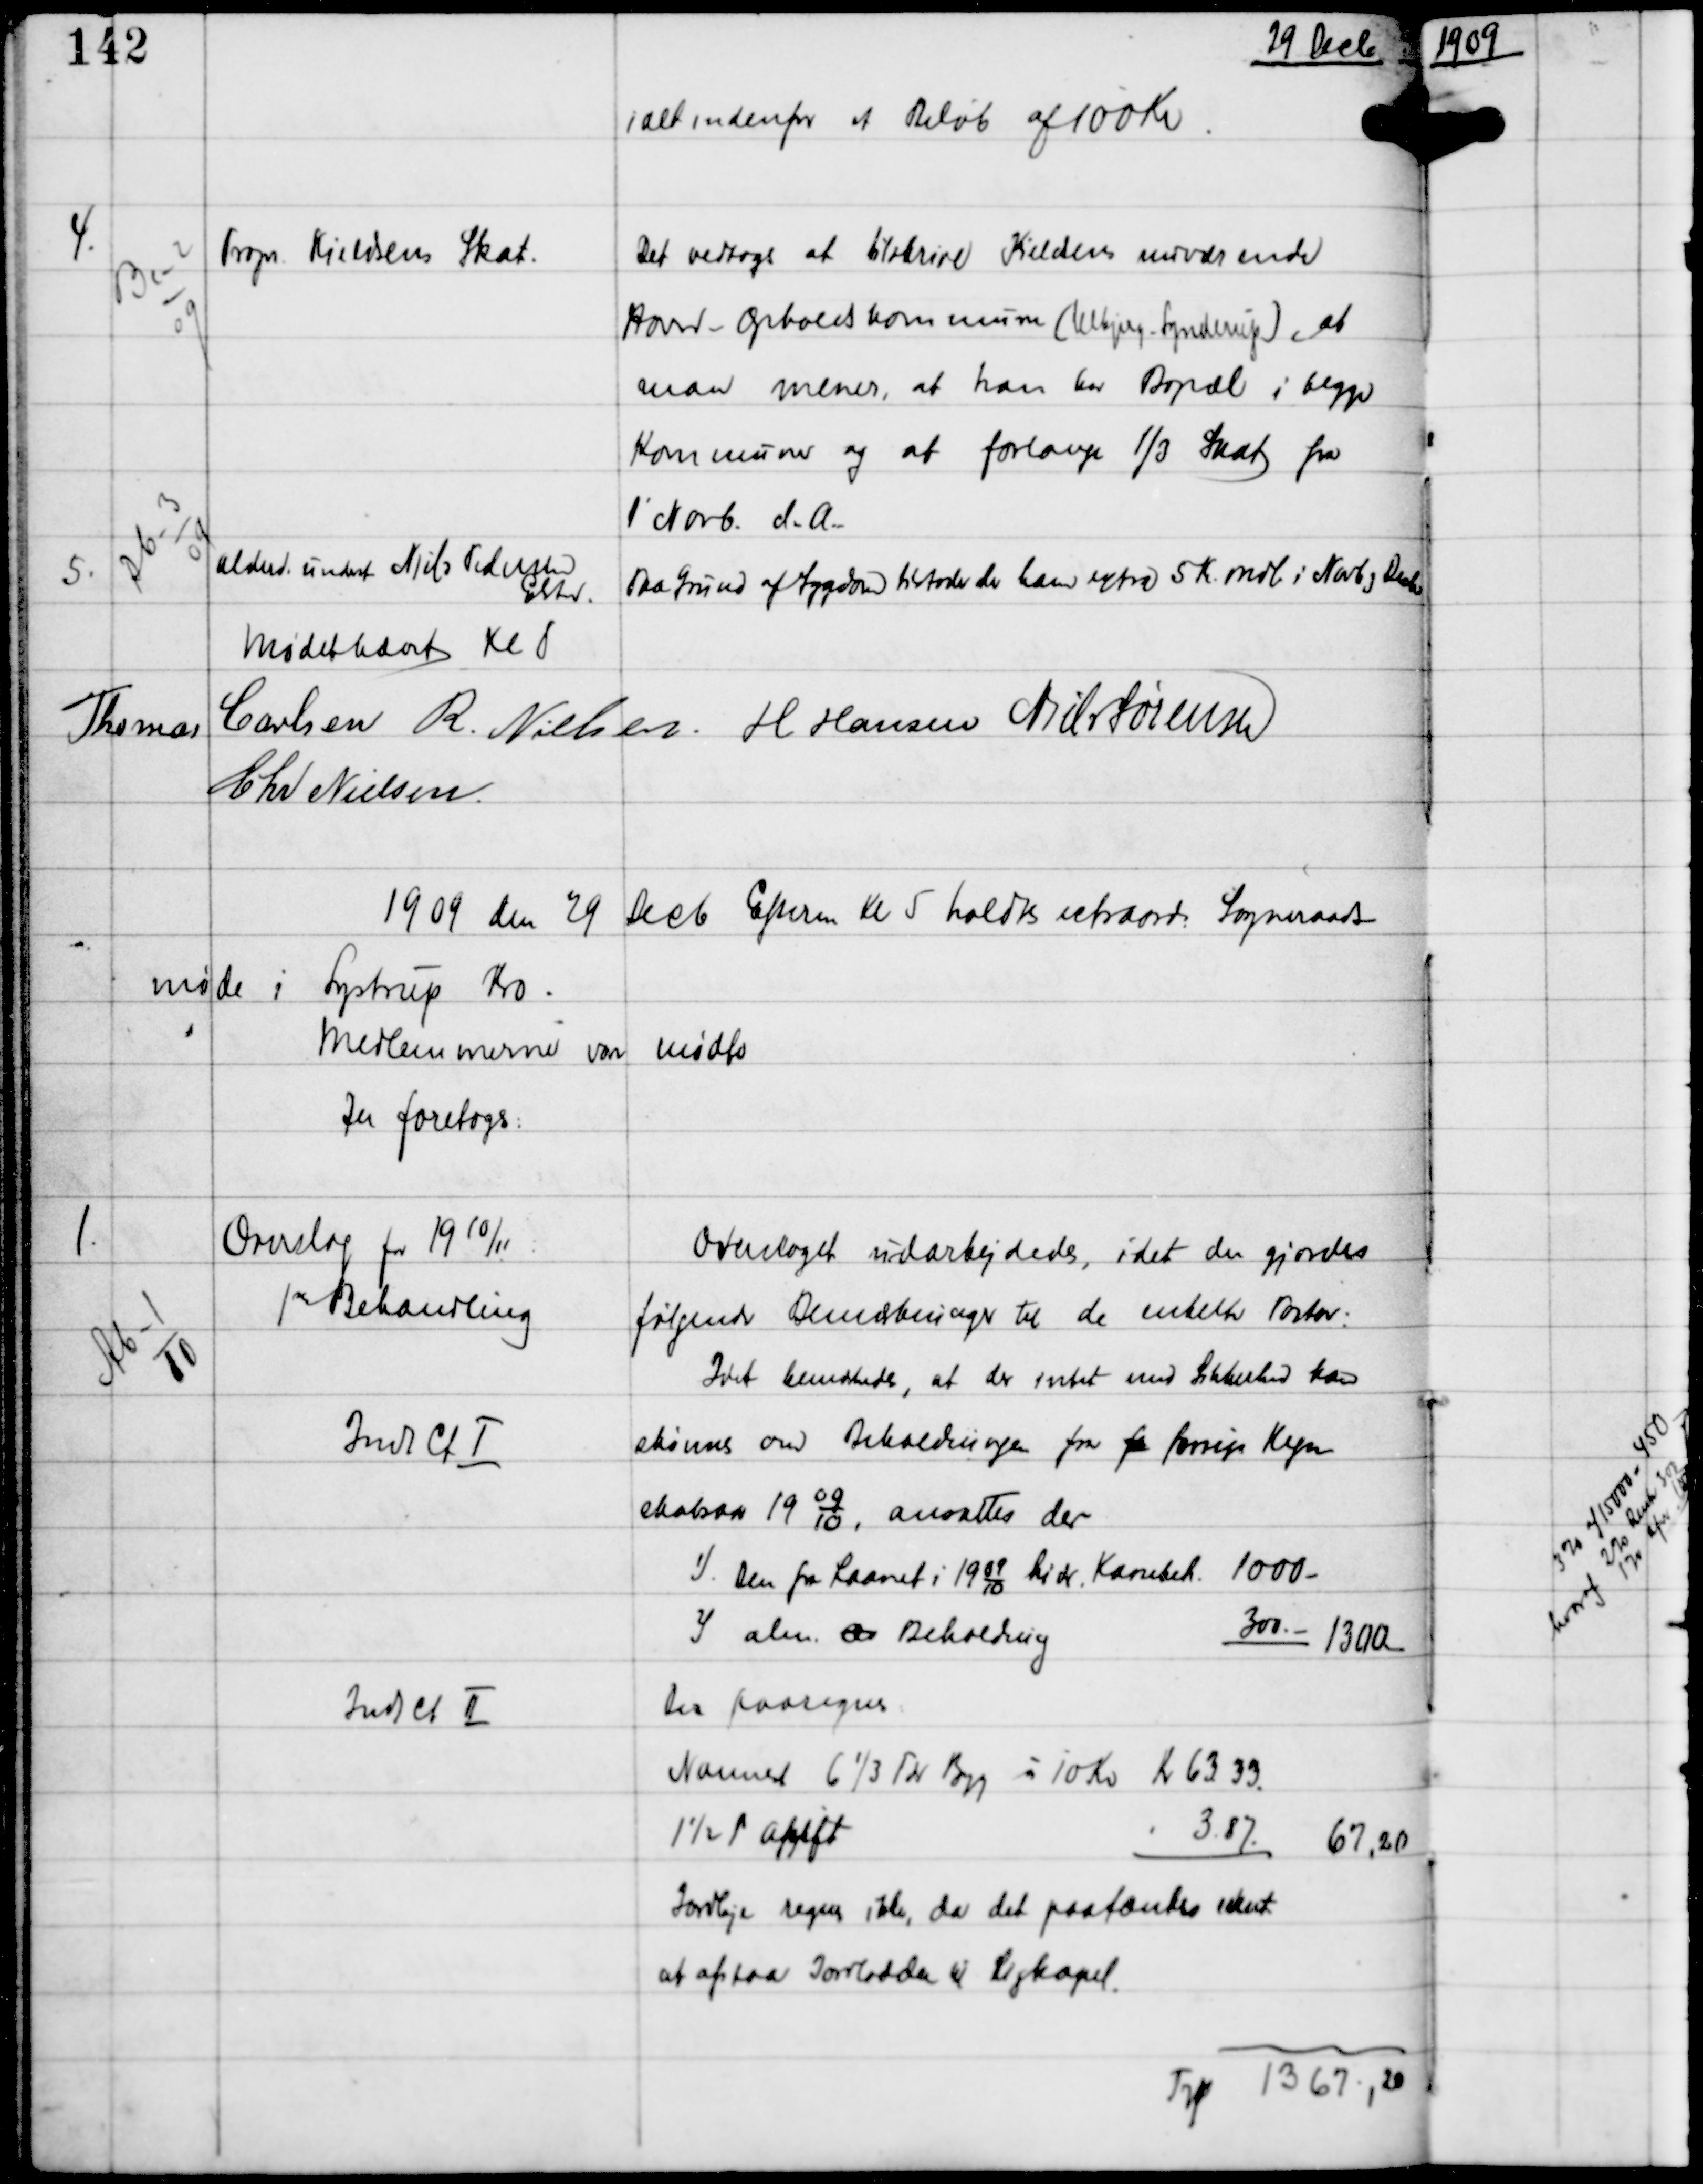
Transskription:
29 Decb

ialt indenfor et Beløb af 100 Kr

4.

Bc-2
09

Propr Kieldsens Skat

Det vedtoges at tilskrive Kieldsens nuværende
Hoved - Opholdskommune (Ulbjerg-Synderup), at
man mener, at han har Bopæl i begge
Kommuner og at forlange 1/3 Skat fra
1' Novb d.A -

5.

Db-3
09

Alderd. underst Niels Pedersen
Elsted

Paa Grund af Sygdom tildeles der ham extra 5 Kr mdl i Novb og Decb

Mødet hævet Kl 8
Thomas Carlsen R Nielsen H Hansen Niels Sørensen
Chr Nielsen

1909 den 29 Decb Efterm Kl 5 holdtes extraord Sogneraads-
møde i Lystrup Kro-
Medlemmerne vare mødte
Der Foretoges:

1.

Ab-1
10

Overslag for 1910/11:
1ste Behandling

Overslaget udarbejdedes, idet der gjordes
følgende Bemærkninger til de enkelte Poster:

Indt Ct Ⅰ

Idet bemærkedes, at der intet med Sikkerhed kan
skønnes om Beholdningen fra fo forrige Regn-
skabsaar 19 0910, ansættes der
1) Den fra Laanet i 19 0910 hidr Kassebeh 1000 -
2) alm ar Beholdning
300.- 1300.-

Indt Ct Ⅱ

Der paaregnes:
Nannest 6 1/3 Tdr Byg à 10 Kr Kr 63.33.
1½ p Afgift
" 3.87. 67.20
Jordleje regnes ikke, da det paatænkes skat 
at afstaa Jordlodden til Ligkapel
Trp 1367,20